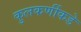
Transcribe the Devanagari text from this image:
कुलकर्णीकडे